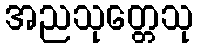
အညသုတ္တေသု